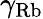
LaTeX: \gamma_{\mathrm{Rb}}